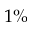
1 \%